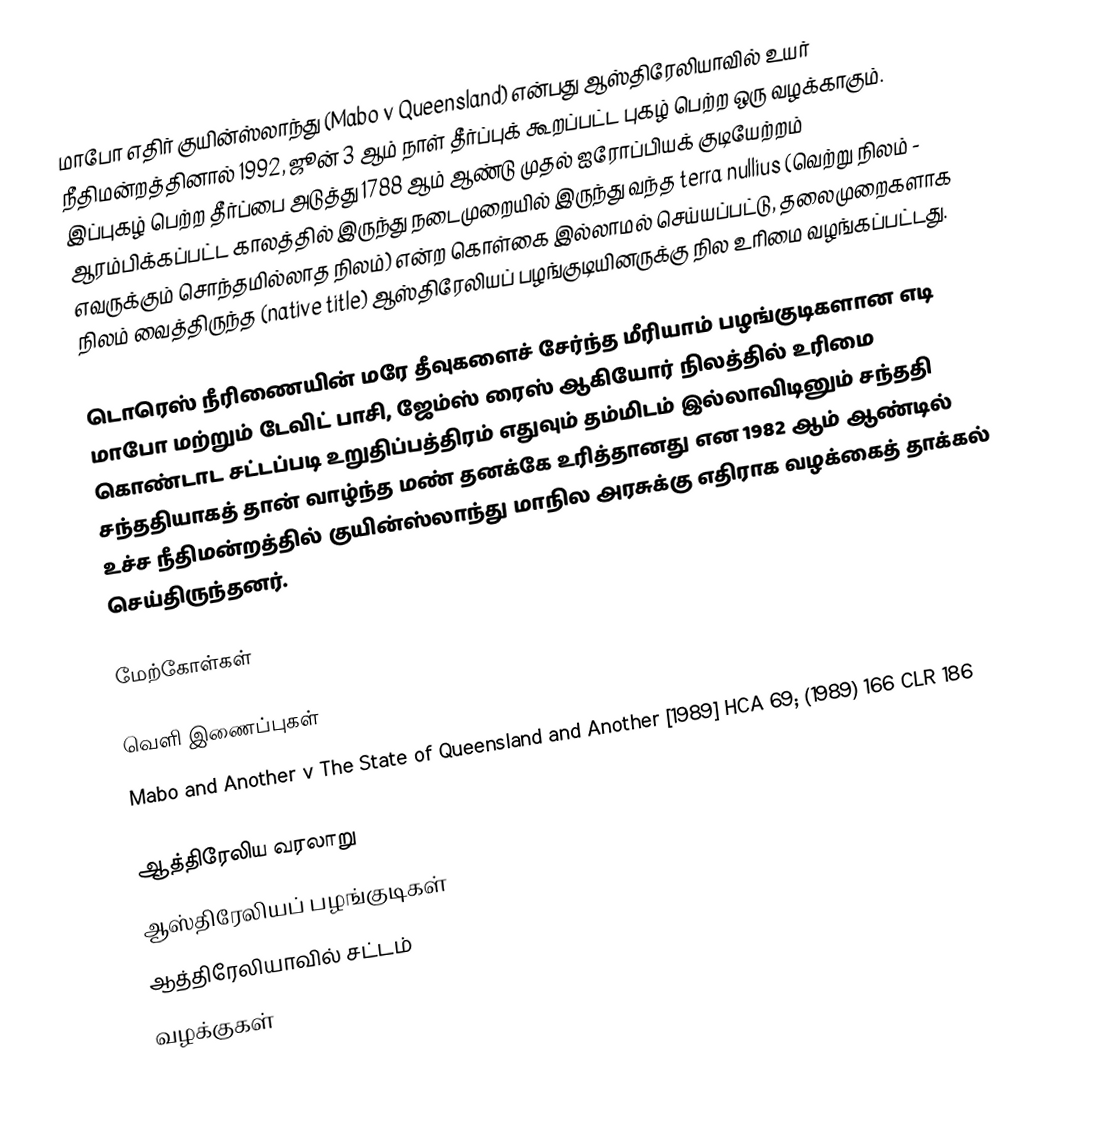
மாபோ எதிர் குயின்ஸ்லாந்து (Mabo v Queensland) என்பது ஆஸ்திரேலியாவில் உயர் நீதிமன்றத்தினால் 1992, ஜூன் 3 ஆம் நாள் தீர்ப்புக் கூறப்பட்ட புகழ் பெற்ற ஒரு வழக்காகும். இப்புகழ் பெற்ற தீர்ப்பை அடுத்து 1788 ஆம் ஆண்டு முதல் ஐரோப்பியக் குடியேற்றம் ஆரம்பிக்கப்பட்ட காலத்தில் இருந்து நடைமுறையில் இருந்து வந்த terra nullius (வெற்று நிலம் - எவருக்கும் சொந்தமில்லாத நிலம்) என்ற கொள்கை இல்லாமல் செய்யப்பட்டு, தலைமுறைகளாக நிலம் வைத்திருந்த (native title) ஆஸ்திரேலியப் பழங்குடியினருக்கு நில உரிமை வழங்கப்பட்டது.

டொரெஸ் நீரிணையின் மரே தீவுகளைச் சேர்ந்த மீரியாம் பழங்குடிகளான எடி மாபோ மற்றும் டேவிட் பாசி, ஜேம்ஸ் ரைஸ் ஆகியோர் நிலத்தில் உரிமை கொண்டாட சட்டப்படி உறுதிப்பத்திரம் எதுவும் தம்மிடம் இல்லாவிடினும் சந்ததி சந்ததியாகத் தான் வாழ்ந்த மண் தனக்கே உரித்தானது என 1982 ஆம் ஆண்டில் உச்ச நீதிமன்றத்தில் குயின்ஸ்லாந்து மாநில அரசுக்கு எதிராக வழக்கைத் தாக்கல் செய்திருந்தனர்.

மேற்கோள்கள்

வெளி இணைப்புகள்
Mabo and Another v The State of Queensland and Another [1989] HCA 69; (1989) 166 CLR 186

ஆத்திரேலிய வரலாறு
ஆஸ்திரேலியப் பழங்குடிகள்
ஆத்திரேலியாவில் சட்டம்
வழக்குகள்